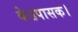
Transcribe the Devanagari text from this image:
केउपासक।